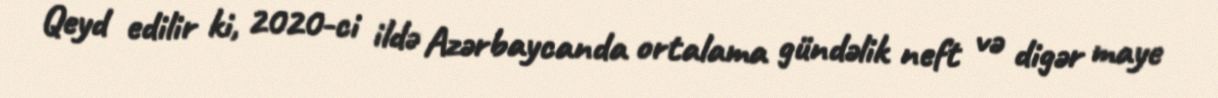
Qeyd edilir ki, 2020-ci ildə Azərbaycanda ortalama gündəlik neft və digər maye